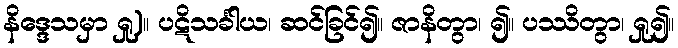
နိဒ္ဒေသမှာ ရှု)။ ပဋိသင်္ခါယ၊ ဆင်ခြင်၍။ ဇာနိတွာ၊ ၍။ ပဿိတွာ၊ ရှု၍။